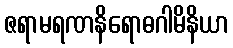
ဇရာမရဏနိရောဓဂါမိနိယာ